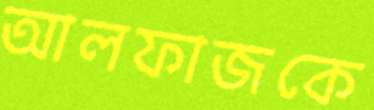
আলফাজকে